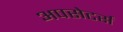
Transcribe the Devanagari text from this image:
अपसेटर्स